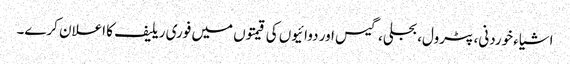
اشیاء خوردنی، پٹرول، بجلی، گیس اور دوائیوں کی قیمتوں میں فوری ریلیف کا اعلان کرے۔